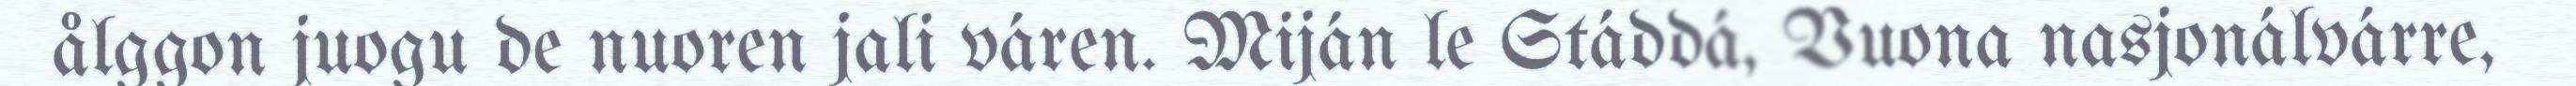
ålggon juogu de nuoren jali váren. Miján le Stáddá, Vuona nasjonálvárre,